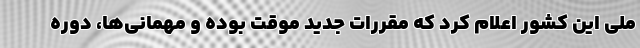
ملی این کشور اعلام کرد که مقررات جدید موقت بوده و مهمانی‌ها، دوره